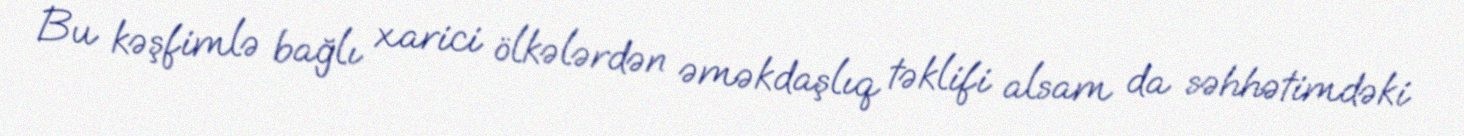
Bu kəşfimlə bağlı xarici ölkələrdən əməkdaşlıq təklifi alsam da səhhətimdəki